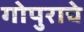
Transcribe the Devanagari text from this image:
गोपुराचे